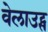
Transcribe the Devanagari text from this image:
वेलाउट्स